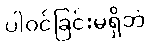
ပါဝင်ခြင်းမရှိဘဲ